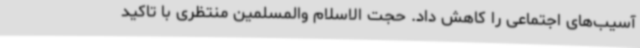
آسیب‌های اجتماعی را کاهش داد. حجت الاسلام والمسلمین منتظری با تاکید